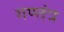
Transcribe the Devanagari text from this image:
गण्तंत्र